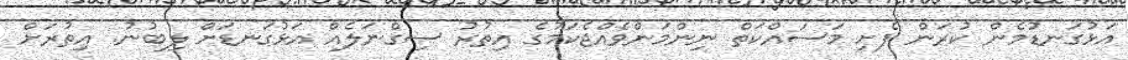
އަޅުގަނޑުމެން ކުރަން ފެށި މަސައްކަތް ނިންމަންވެއްޖެކަމުގެ އިތުރު ސިގްނަލެއް އަޅުގަނޑަށް ލިބުނު. އިތުރަށް